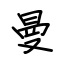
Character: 曼